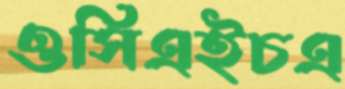
ওসিএইচএ